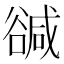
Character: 𧯃